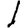
Digit: 1